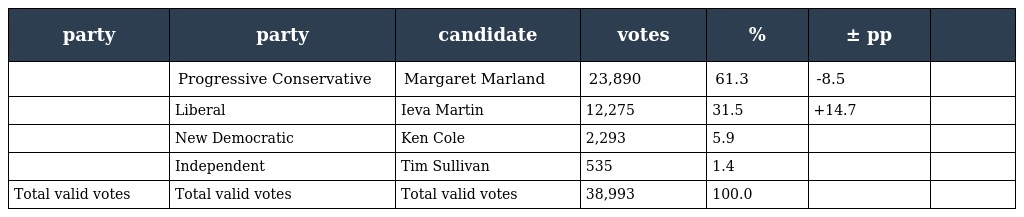
| party | party | candidate | votes | % | ± pp |  |
 | --- | --- | --- | --- | --- | --- | --- |
 |  | Progressive Conservative | Margaret Marland | 23,890 | 61.3 | -8.5 |  |
 |  | Liberal | Ieva Martin | 12,275 | 31.5 | +14.7 |  |
 |  | New Democratic | Ken Cole | 2,293 | 5.9 |  |  |
 |  | Independent | Tim Sullivan | 535 | 1.4 |  |  |
 | Total valid votes | Total valid votes | Total valid votes | 38,993 | 100.0 |  |  |